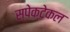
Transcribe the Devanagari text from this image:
स्पेक्टेकल